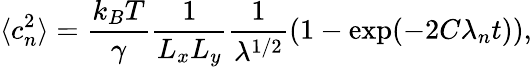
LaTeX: \langle c_{n}^{2}\rangle=\frac{k_{B}T}{\gamma}\frac{1}{L_{x}L_{y}}\frac{1}{\lambda^{1/2}}(1-\exp(-2C\lambda_{n}t)),